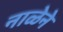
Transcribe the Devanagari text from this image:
नाळेने